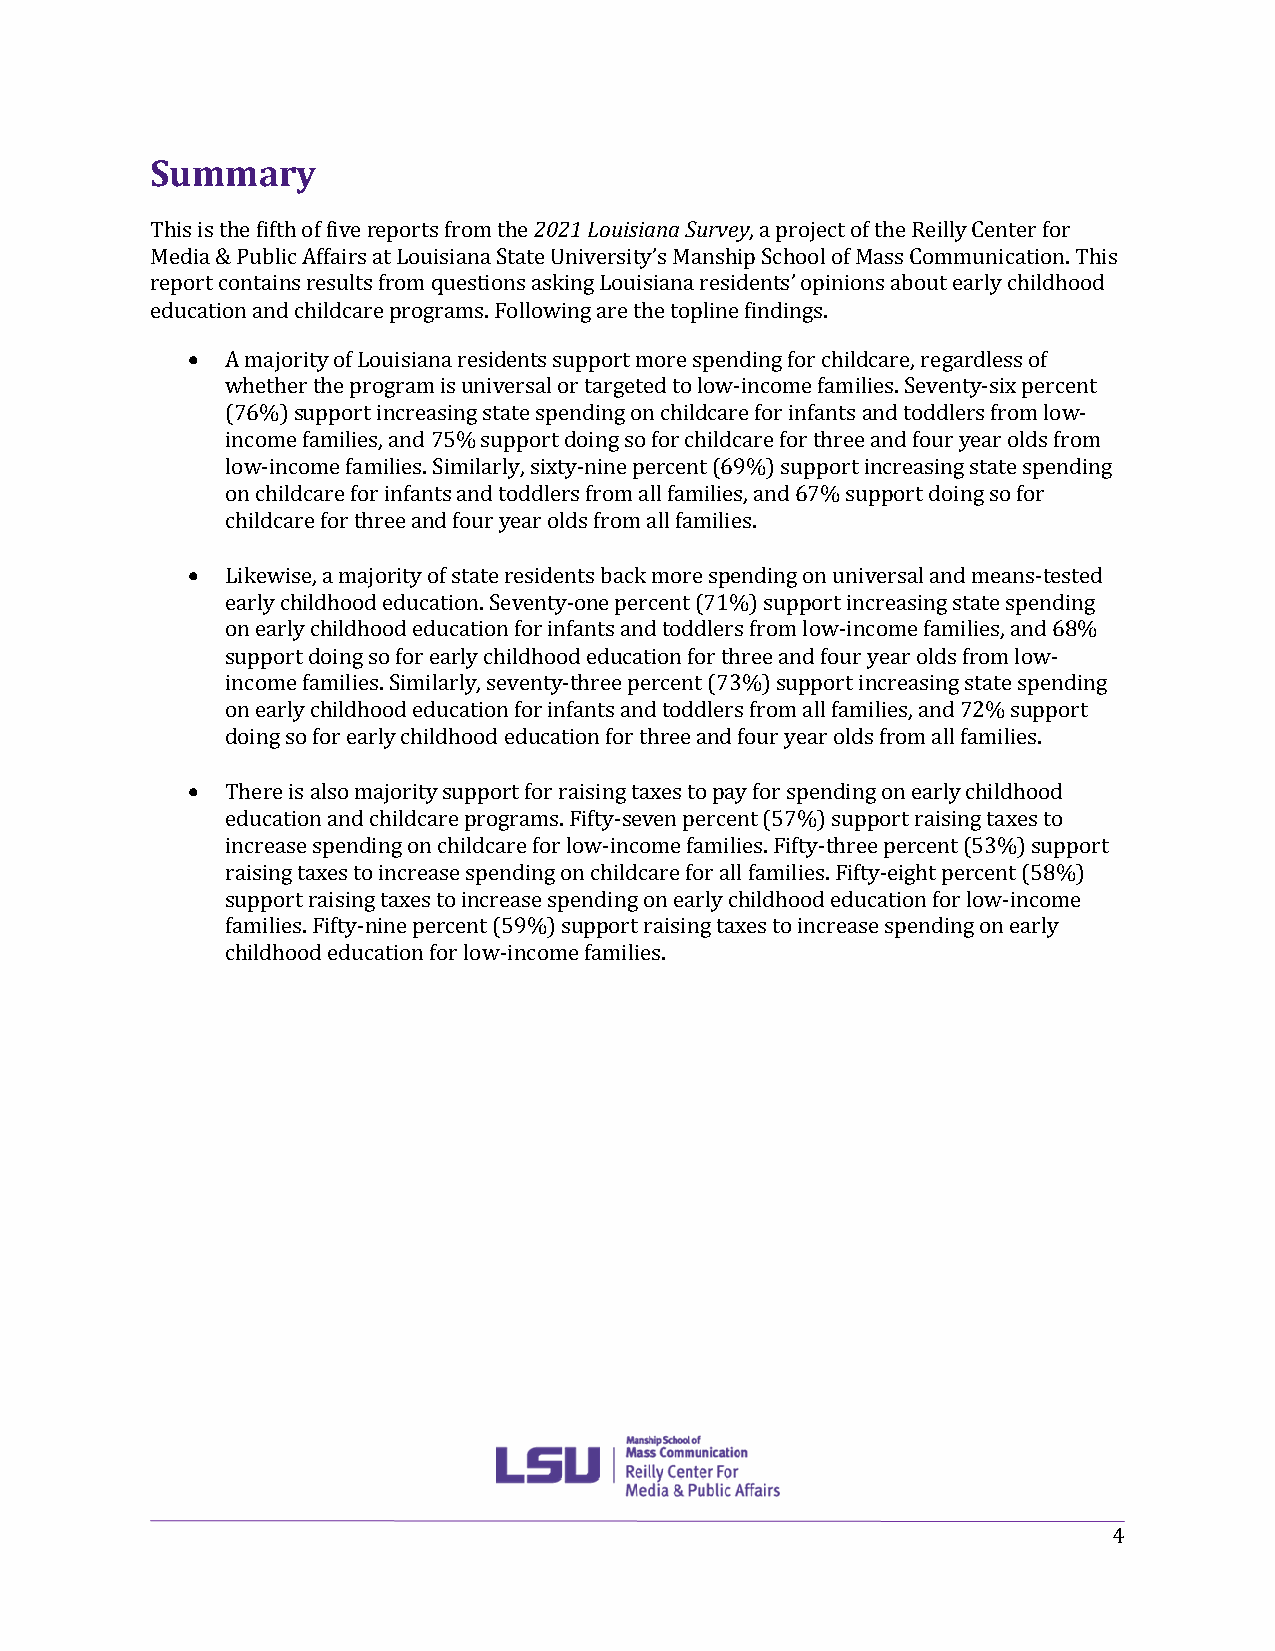
Summary
 This is the fifth of five reports from the 2021 Louisiana Survey, a project of the Reilly Center for
 Media & Public Affairs at Louisiana State University’s Manship School of Mass Communication. This
 report contains results from questions asking Louisiana residents’ opinions about early childhood
 education and childcare programs. Following are the topline findings.
   A majority of Louisiana residents support more spending for childcare, regardless of
 whether the program is universal or targeted to low-income families. Seventy-six percent
 (76%) support increasing state spending on childcare for infants and toddlers from low-
 income families, and 75% support doing so for childcare for three and four year olds from
 low-income families. Similarly, sixty-nine percent (69%) support increasing state spending
 on childcare for infants and toddlers from all families, and 67% support doing so for
 childcare for three and four year olds from all families.
   Likewise, a majority of state residents back more spending on universal and means-tested
 early childhood education. Seventy-one percent (71%) support increasing state spending
 on early childhood education for infants and toddlers from low-income families, and 68%
 support doing so for early childhood education for three and four year olds from low-
 income families. Similarly, seventy-three percent (73%) support increasing state spending
 on early childhood education for infants and toddlers from all families, and 72% support
 doing so for early childhood education for three and four year olds from all families.
   There is also majority support for raising taxes to pay for spending on early childhood
 education and childcare programs. Fifty-seven percent (57%) support raising taxes to
 increase spending on childcare for low-income families. Fifty-three percent (53%) support
 raising taxes to increase spending on childcare for all families. Fifty-eight percent (58%)
 support raising taxes to increase spending on early childhood education for low-income
 families. Fifty-nine percent (59%) support raising taxes to increase spending on early
 childhood education for low-income families.
 4